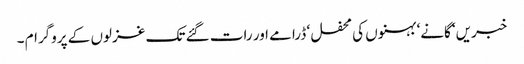
خبریں‘ گانے‘ بہنوں کی محفل ‘ ڈرامے اور رات گئے تک غزلوں کے پروگرام ۔